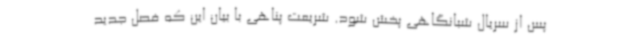
پس از سریال شبانگاهی پخش شود. شریعت پناهی با بیان این که فصل جدید